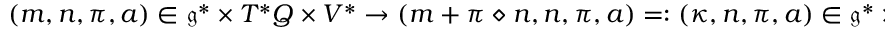
\begin{array} { r } { ( m , n , \pi , a ) \in \mathfrak { g } ^ { * } \times T ^ { * } Q \times V ^ { * } \rightarrow ( m + \pi \diamond n , n , \pi , a ) = : ( \kappa , n , \pi , a ) \in \mathfrak { g } ^ { * } \times T ^ { * } Q \times V ^ { * } \, . } \end{array}